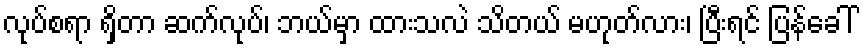
လုပ်စရာ ရှိတာ ဆက်လုပ်၊ ဘယ်မှာ ထားသလဲ သိတယ် မဟုတ်လား၊ ပြီးရင် ပြန်ခေါ်